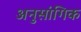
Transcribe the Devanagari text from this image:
अनुसांगिक